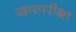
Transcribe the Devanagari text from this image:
द्वारपरीक्षा